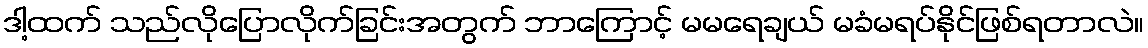
ဒါ့ထက် သည်လိုပြောလိုက်ခြင်းအတွက် ဘာကြောင့် မမရေချယ် မခံမရပ်နိုင်ဖြစ်ရတာလဲ။